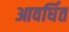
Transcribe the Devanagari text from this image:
आवर्घित